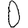
Digit: 0